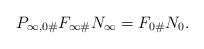
LaTeX: \begin{align*} P_{\infty,0\#}F_{\infty\#}N_\infty=F_{0\#}N_0. \end{align*}